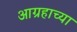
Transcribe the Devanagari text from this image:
आग्रहाच्या